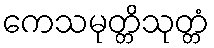
ကေသမုတ္တိသုတ္တံ